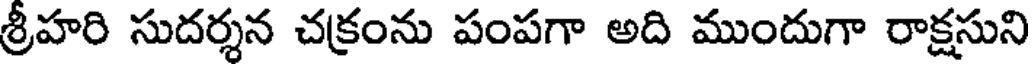
శ్రీహరి సుదర్శన చక్రంను పంపగా అది ముందుగా రాక్షసుని